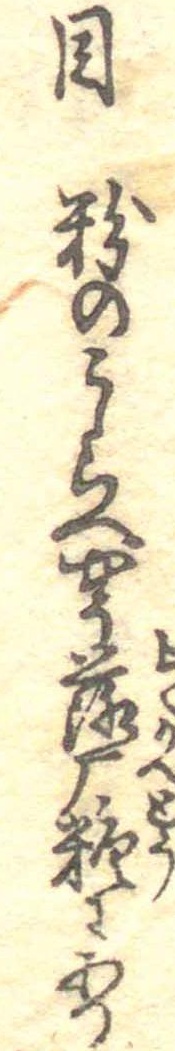
目粉のこしらへやう落雁糖にあり